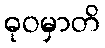
ဓုဝမှာတိ